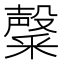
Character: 𮡑